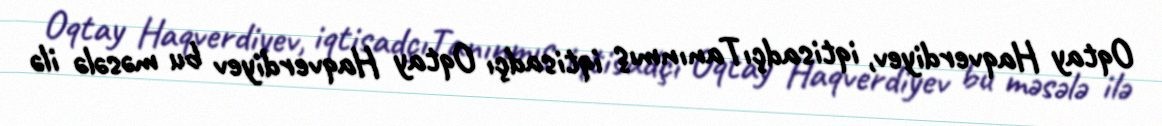
Oqtay Haqverdiyev, iqtisadçıTanınmış iqtisadçı Oqtay Haqverdiyev bu məsələ ilə